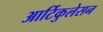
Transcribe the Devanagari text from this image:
आर्टिकुलेसन